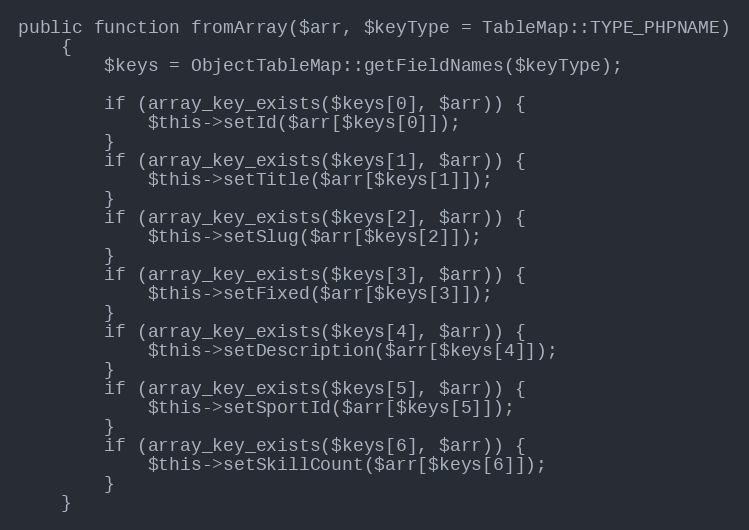
Language: PHP
public function fromArray($arr, $keyType = TableMap::TYPE_PHPNAME)
    {
        $keys = ObjectTableMap::getFieldNames($keyType);

        if (array_key_exists($keys[0], $arr)) {
            $this->setId($arr[$keys[0]]);
        }
        if (array_key_exists($keys[1], $arr)) {
            $this->setTitle($arr[$keys[1]]);
        }
        if (array_key_exists($keys[2], $arr)) {
            $this->setSlug($arr[$keys[2]]);
        }
        if (array_key_exists($keys[3], $arr)) {
            $this->setFixed($arr[$keys[3]]);
        }
        if (array_key_exists($keys[4], $arr)) {
            $this->setDescription($arr[$keys[4]]);
        }
        if (array_key_exists($keys[5], $arr)) {
            $this->setSportId($arr[$keys[5]]);
        }
        if (array_key_exists($keys[6], $arr)) {
            $this->setSkillCount($arr[$keys[6]]);
        }
    }